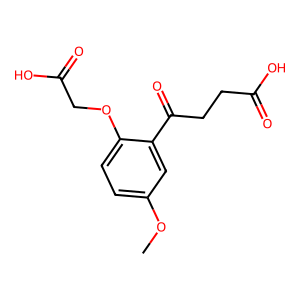
SMILES: COc1ccc(OCC(=O)O)c(C(=O)CCC(=O)O)c1
Inhibits HIV replication: No